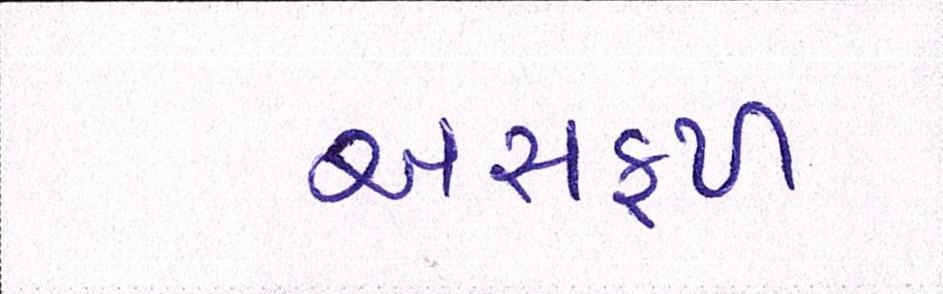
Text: અસફળ